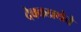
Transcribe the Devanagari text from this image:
देवकप्रथेचे